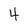
Character: 4